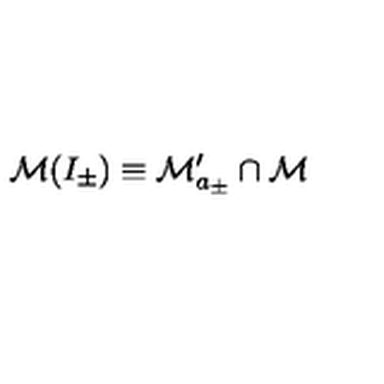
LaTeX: \mathcal { M } ( I _ { \pm } ) \equiv \mathcal { M } _ { a _ { \pm } } ^ { \prime } \cap \mathcal { M }